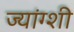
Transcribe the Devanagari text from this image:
ज्यांग्शी